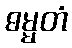
ဓမ္မတံ